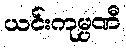
ယင်းကုမ္ပဏီ